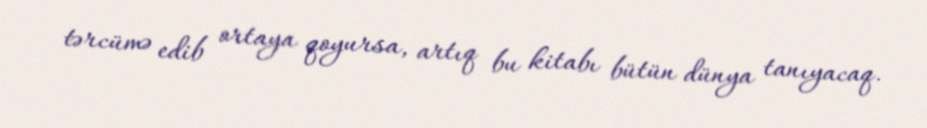
tərcümə edib ortaya qoyursa, artıq bu kitabı bütün dünya tanıyacaq.